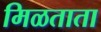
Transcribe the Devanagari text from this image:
मिळताता